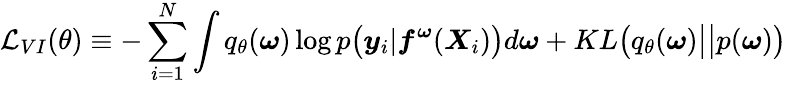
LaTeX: \mathcal{L}_{VI}(\theta)\equiv-\sum_{i=1}^{N}\int q_{\theta}(\boldsymbol{\omega})\log p\big(\boldsymbol{y}_{i}|\boldsymbol{f}^{\boldsymbol{\omega}}(\boldsymbol{X}_{i})\big)d\boldsymbol{\omega}+KL\big(q_{\theta}(\boldsymbol{\omega})\big|\big|p(\boldsymbol{\omega})\big)